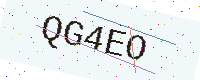
Text: QG4EO